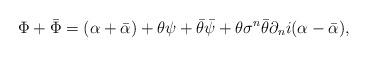
LaTeX: \begin{align*}\Phi+\bar\Phi=(\alpha+\bar\alpha)+\theta\psi+\bar\theta\bar\psi+\theta\sigma^n\bar\theta\partial_ni(\alpha-\bar\alpha),\end{align*}